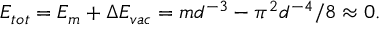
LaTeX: E _ { t o t } = E _ { m } + \Delta E _ { v a c } = m d ^ { - 3 } - \pi ^ { 2 } d ^ { - 4 } / 8 \approx 0 .